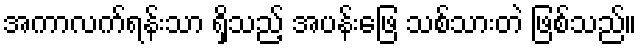
အကာလက်ရန်းသာ ရှိသည့် အပန်းဖြေ သစ်သားတဲ ဖြစ်သည်။